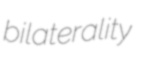
bilaterality